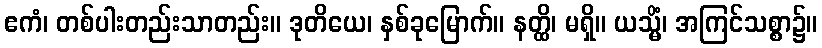
ဧကံ၊ တစ်ပါးတည်းသာတည်း။ ဒုတိယေ၊ နှစ်ခုမြောက်။ နတ္ထိ၊ မရှိ။ ယသ္မိံ၊ အကြင်သစ္စာ၌။